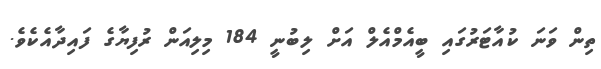
ތިން ވަނަ ކުއާޓަރުގައި ބީއެމްއެލް އަށް ލިބުނީ 184 މިލިއަން ރުފިޔާގެ ފައިދާއެކެވެ.